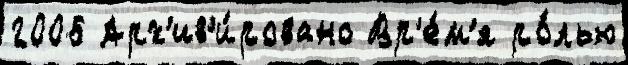
2006 Арх'ив'и́ровано Вр'е́м'я ро́лью